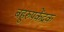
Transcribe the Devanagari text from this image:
बहुरुपकेंद्रक